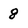
Character: 8